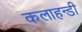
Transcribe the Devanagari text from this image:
कलाहन्डी